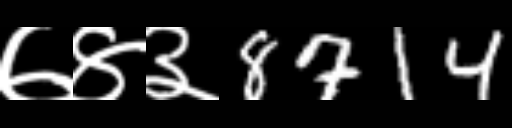
Text: ७४३8714